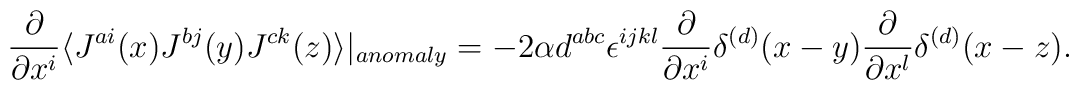
\frac{\partial}{\partial x^i} \langle J^{ai}(x) J^{bj}(y) J^{ck}(z) \rangle |_{anomaly} = - 2 \alpha d^{abc} \epsilon^{ijkl} \frac{\partial}{\partial x^{i}} \delta^{(d)}(x-y)\frac{\partial}{\partial x^{l}} \delta^{(d)}(x-z).